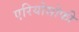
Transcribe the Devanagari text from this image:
एरियोसोफी